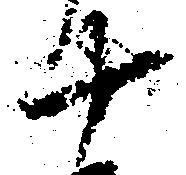
十